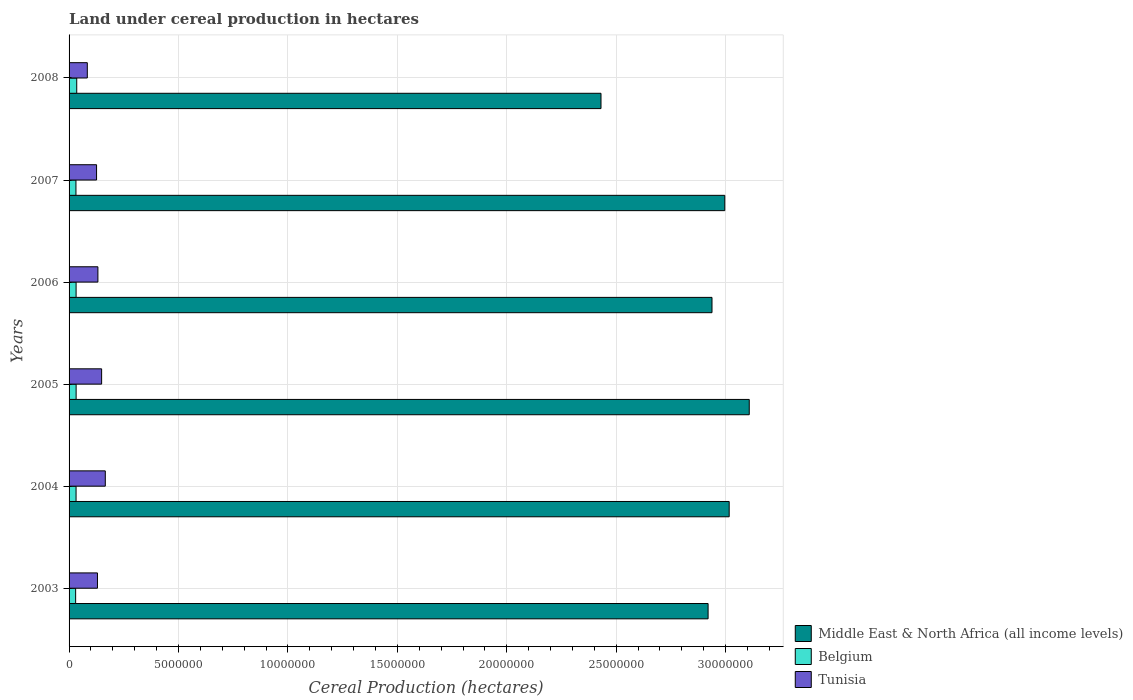
| Years | Middle East & North Africa (all income levels) | Belgium | Tunisia |
 | --- | --- | --- | --- |
 | 2003 | 2.92e+07 | 3e+05 | 1.3e+06 |
 | 2004 | 3.02e+07 | 3.19e+05 | 1.65e+06 |
 | 2005 | 3.11e+07 | 3.22e+05 | 1.49e+06 |
 | 2006 | 2.94e+07 | 3.21e+05 | 1.32e+06 |
 | 2007 | 3e+07 | 3.15e+05 | 1.26e+06 |
 | 2008 | 2.43e+07 | 3.5e+05 | 8.34e+05 |